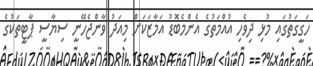
ހަގީގަތުގައި މުޅި ދިވެހި އުއްމަތުގެ އެންމެބޮޑު އަމާޒަކަށް މިއަދު ވާންޖެހޭނީ ސިޔާސީ ޕާޓީތަކުގެ